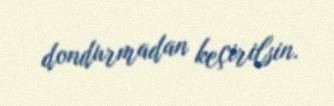
dondurmadan keçirilsin.